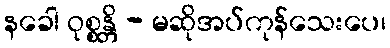
နခေါ ဝုစ္စန္တိ - မဆိုအပ်ကုန်သေးပေ၊